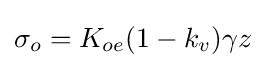
{\textstyle \sigma _{o}=K_{oe}(1-k_{v})\gamma z}